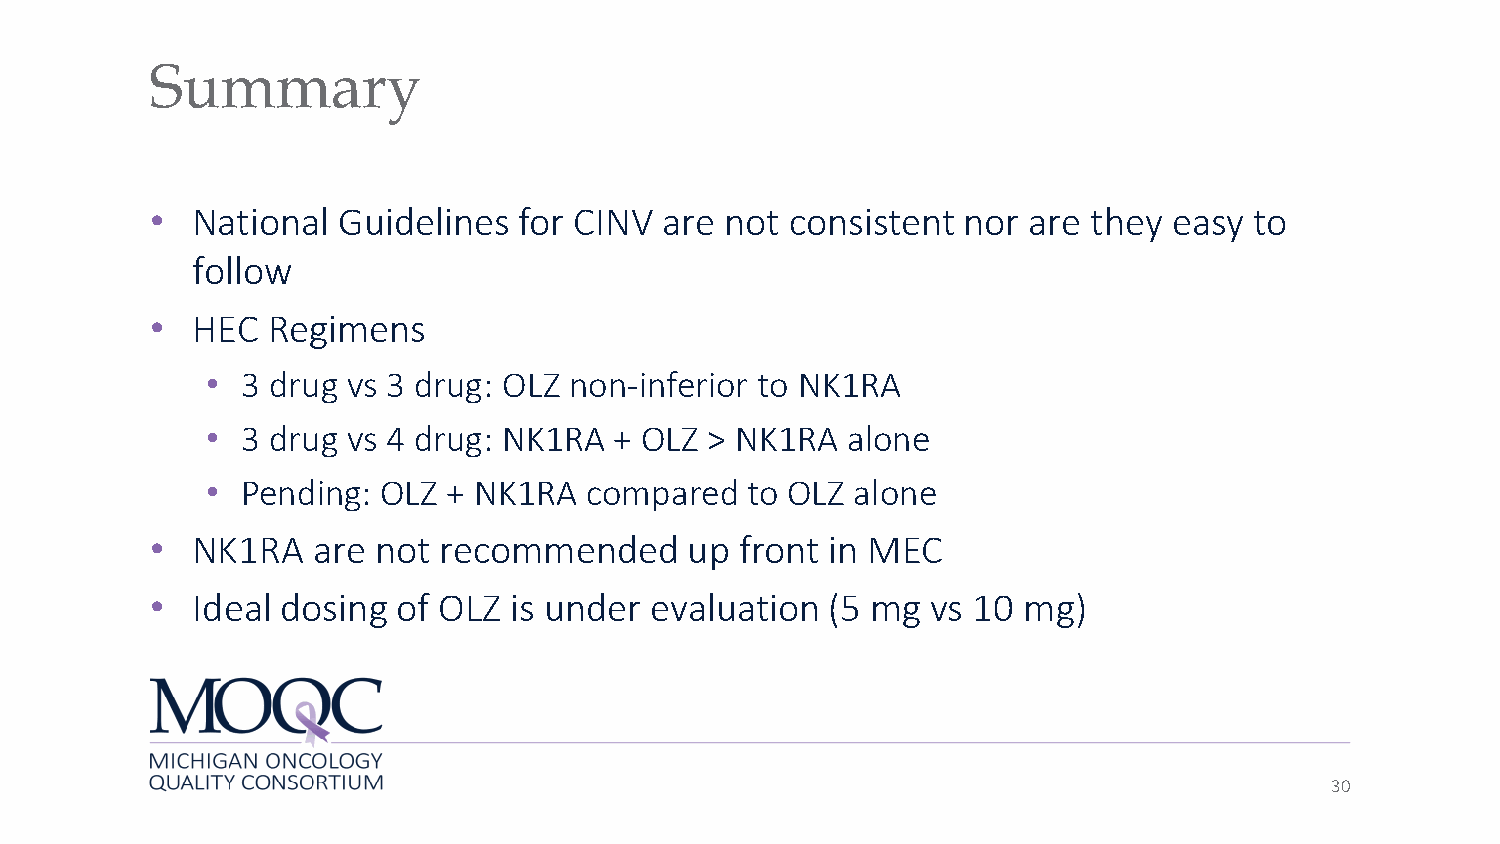
Summary
 •  National Guidelines  for CINV  are not consistent  nor are they  easy to
 follow
 •  HEC  Regimens
 • 3 drug vs 3 drug: OLZ non-inferior to NK1RA
 • 3 drug vs 4 drug: NK1RA  + OLZ > NK1RA  alone
 • Pending: OLZ  + NK1RA  compared  to OLZ  alone
 •  NK1RA   are not recommended      up front in MEC
 •  Ideal dosing of OLZ  is under evaluation  (5 mg  vs 10 mg)
 30